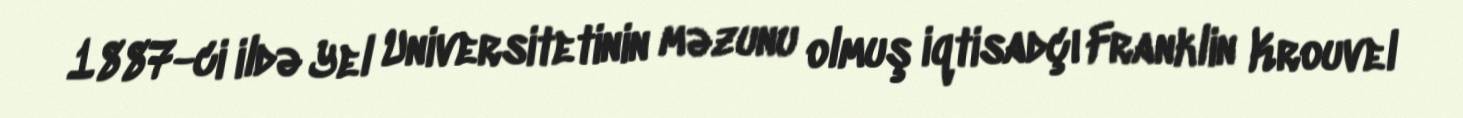
1887-ci ildə Yel Universitetinin məzunu olmuş iqtisadçı Franklin Krouvel